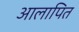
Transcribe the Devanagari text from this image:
आलापित